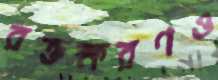
রক্তক্ষরণও